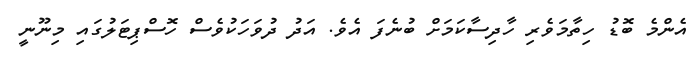
އެންމެ ބޮޑު ހިތާމަވެރި ހާދިސާކަމަށް ބުނެފަ އެވެ. އަދު ދުވަހަކުވެސް ހޮސްޕިޓަލުގައި މިނޫނީ